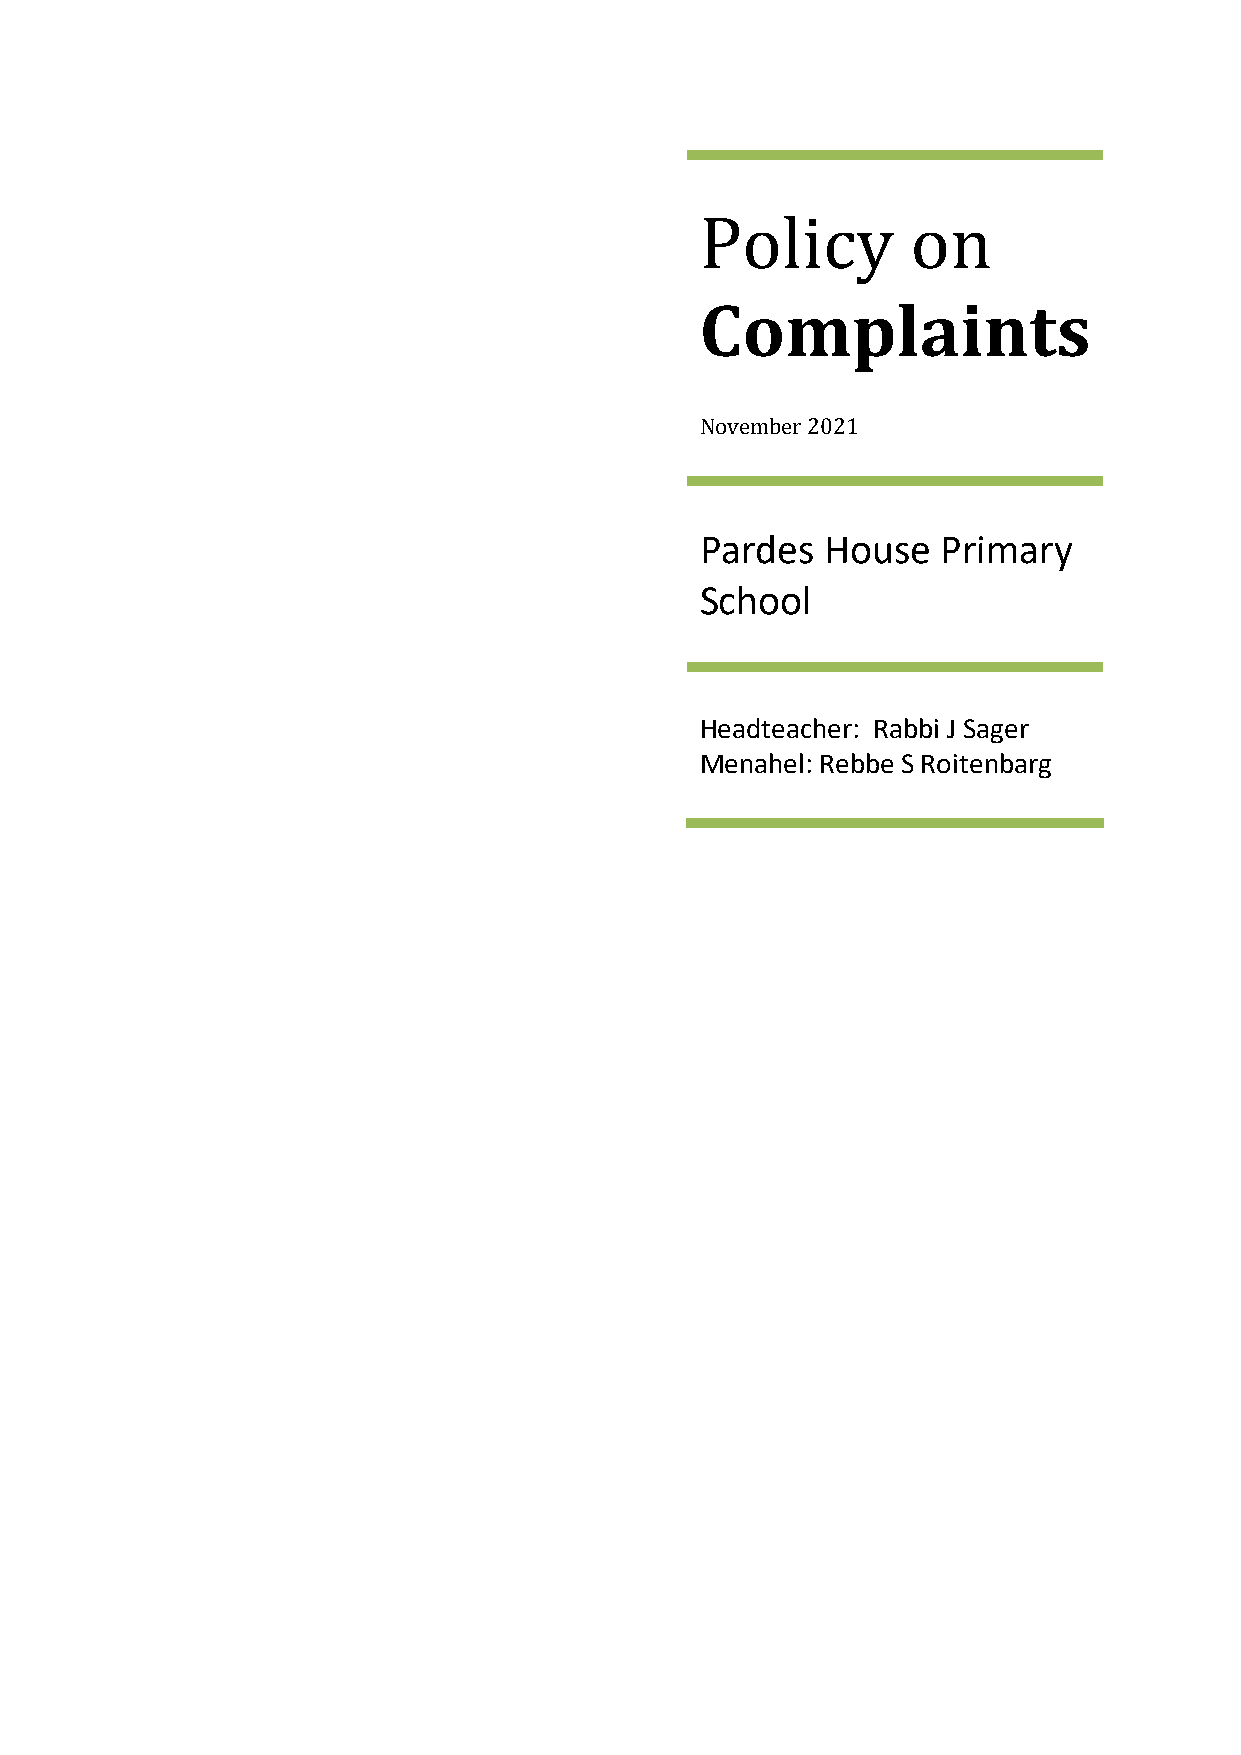
Policy        on
 Complaints
 November 2021
 Pardes   House  Primary
 School
 Headteacher: Rabbi J Sager
 Menahel: Rebbe S Roitenbarg